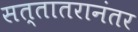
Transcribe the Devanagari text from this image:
सत्तातरानंतर